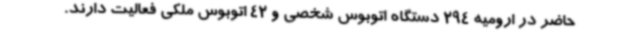
حاضر در ارومیه 294 دستگاه اتوبوس شخصی و 42 اتوبوس ملکی فعالیت دارند.